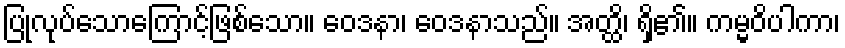
ပြုလုပ်သောကြောင့်ဖြစ်သော။ ဝေဒနာ၊ ဝေဒနာသည်။ အတ္ထိ၊ ရှိ၏။ ကမ္မဝိပါကာ၊